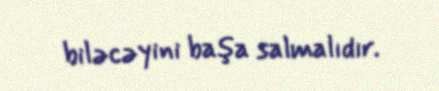
biləcəyini başa salmalıdır.